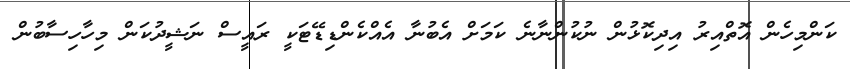
ކަންމިހެން އޮތްއިރު އިދިކޮޅުން ނުކުންނާނެ ކަމަށް އެބުނާ އެއްކެންޑިޑޭޓަކީ ރައީސް ނަޝީދުކަން މިހާހިސާބުން